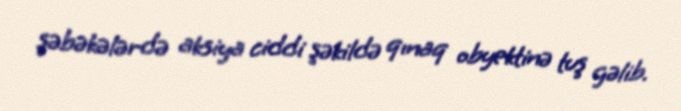
şəbəkələrdə aksiya ciddi şəkildə qınaq obyektinə tuş gəlib.